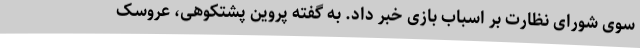
سوی شورای نظارت بر اسباب بازی خبر داد. به گفته پروین پشتکوهی، عروسک